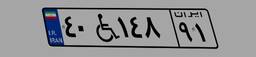
۴۰W۱۴۸۹۱